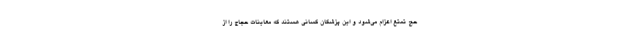
حج تمتع اعزام می‌شود و این پزشکان کسانی هستند که معاینات حجاج را از